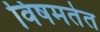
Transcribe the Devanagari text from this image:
विषमतेत